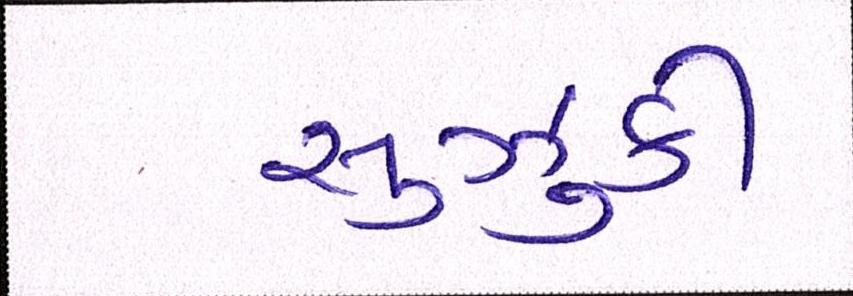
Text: સુઝુકી